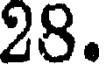
28.